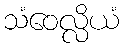
သံဝေလ္လိယံ